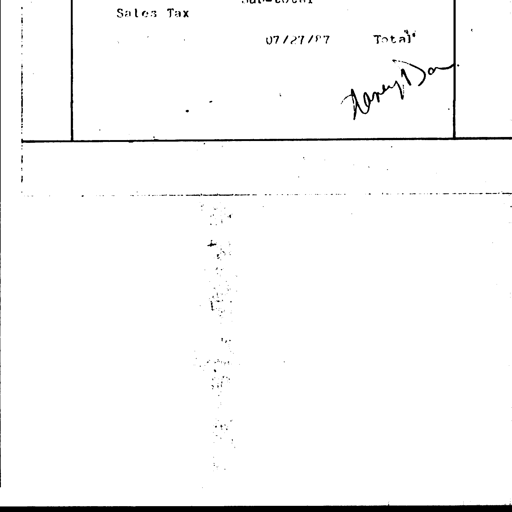
Transcript:
Sales Tax
07/27/87 Total
Henry Dan